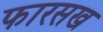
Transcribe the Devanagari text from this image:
फारसख